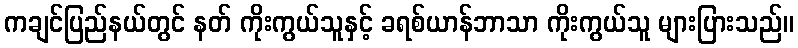
ကချင်ပြည်နယ်တွင် နတ် ကိုးကွယ်သူနှင့် ခရစ်ယာန်ဘာသာ ကိုးကွယ်သူ များပြားသည်။